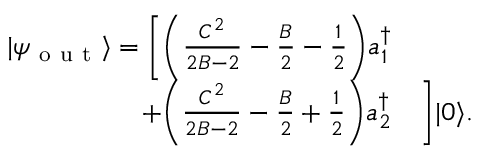
\begin{array} { r l } { | \psi _ { \mathrm { ~ o ~ u ~ t ~ } } \rangle = \bigg [ \bigg ( \frac { C ^ { 2 } } { 2 B - 2 } - \frac { B } { 2 } - \frac 1 2 \bigg ) a _ { 1 } ^ { \dagger } } & { { } } \\ { + \bigg ( \frac { C ^ { 2 } } { 2 B - 2 } - \frac { B } { 2 } + \frac 1 2 \bigg ) a _ { 2 } ^ { \dagger } } & { { } \bigg ] | 0 \rangle . } \end{array}